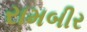
રામબીર